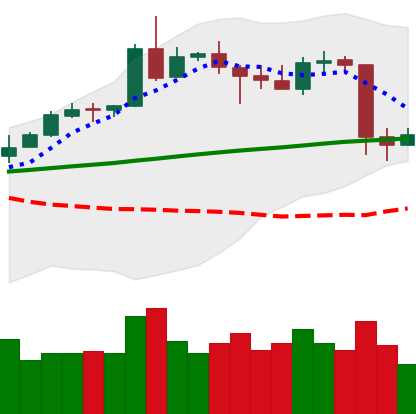
Ticker: ETH-USD
Chart end date: 2020-05-12
Forward return: 9.427%
Label: up_7plus